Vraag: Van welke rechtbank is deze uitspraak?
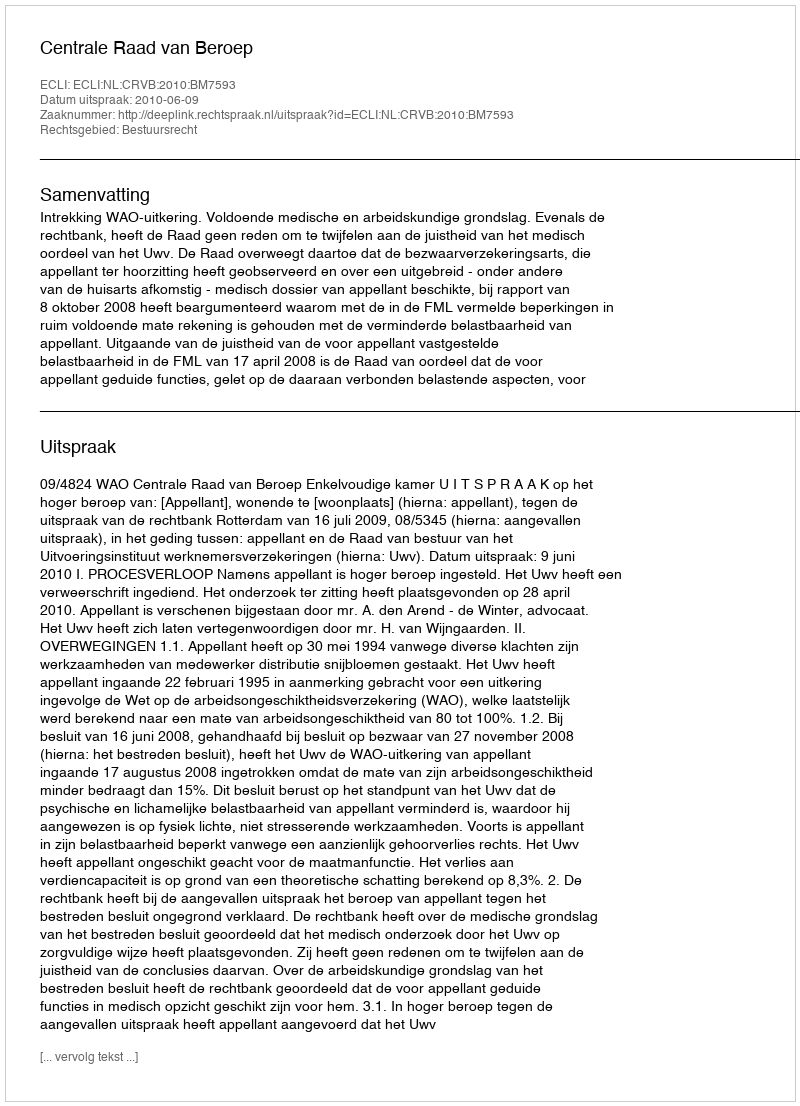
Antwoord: Centrale Raad van Beroep